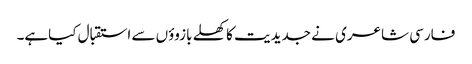
فارسی شاعری نے جدیدیت کا کھلے بازوؤں سے استقبال کیاہے۔